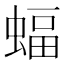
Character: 蝠